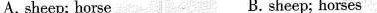
A.sheep; horse B. sheep; horses